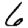
Digit: 6